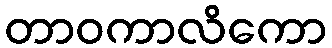
တာဝကာလိကော